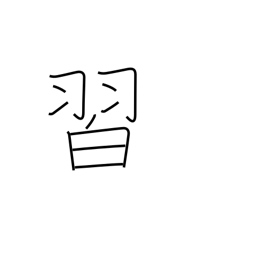
Meaning: learn